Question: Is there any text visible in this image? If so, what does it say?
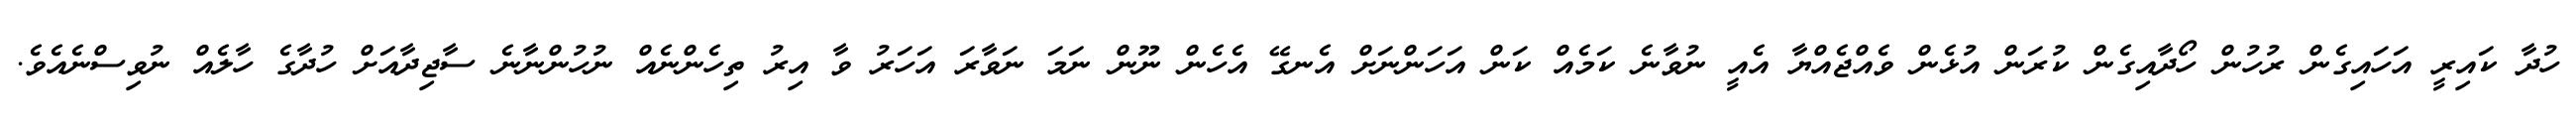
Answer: ހުދާ ކައިރީ އަހައިގެން ރުހުން ހޯދާއިގެން ކުރަން އުޅެން ވެއްޖެއްޔާ އެއީ ނުވާނެ ކަމެއް ކަން އަހަންނަށް އެނގޭ އެހެން ނޫން ނަމަ ނަވާރަ އަހަރު ވާ އިރު ތިހެންނެއް ނުހުންނާނެ ސާޖިދާއަށް ހުދާގެ ހާލެއް ނުވިސްނެއެވެ.